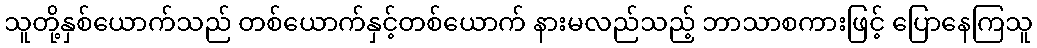
သူတို့နှစ်ယောက်သည် တစ်ယောက်နှင့်တစ်ယောက် နားမလည်သည့် ဘာသာစကားဖြင့် ပြောနေကြသူ